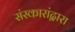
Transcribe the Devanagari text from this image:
संस्कारांद्वारा